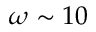
\omega \sim 1 0